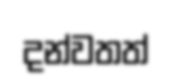
දන්වතත්